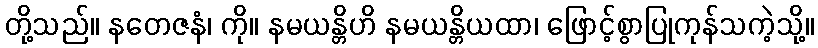
တို့သည်။ နတေဇနံ၊ ကို။ နမယန္တိဟိ နမယန္တိယထာ၊ ဖြောင့်စွာပြုကုန်သကဲ့သို့။